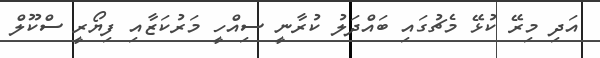
އަދި މިރޭ ކުޅޭ މެޗުގައި ބައްދަލު ކުރާނީ ސިއްހީ މަރުކަޒާއި ފިޔޯރީ ސްކޫލް